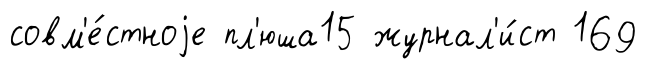
совм'е́стноjе пл'юша15 журнал'и́ст 169